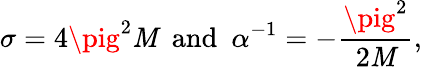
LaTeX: \sigma=4\pig^{2}\mathit{M}~~\mathrm{{and}}~~\alpha^{-1}=-\frac{{\pig^{2}}}{{2\mathit{M}}},